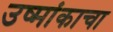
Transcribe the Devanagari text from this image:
उष्मांकाचा